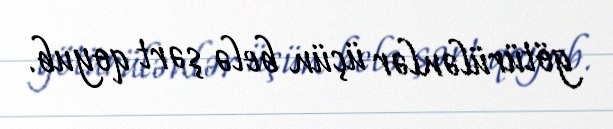
götürülənlər üçün belə şərt qoyub.